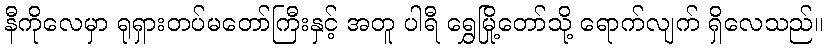
နီကိုလေမှာ ရုရှားတပ်မတော်ကြီးနှင့် အတူ ပါရီ ရွှေမြို့တော်သို့ ရောက်လျက် ရှိလေသည်။